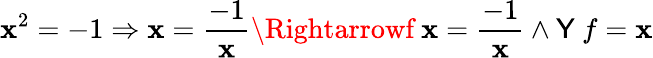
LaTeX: \mathbf{x}^{2}=-1\Rightarrow\mathbf{x}={\frac{{-1}}{{\mathbf{x}}}}\Rightarrowf\ \mathbf{x}={\frac{{-1}}{{\mathbf{x}}}}\land{\textsf{{Y}}}\ f=\mathbf{x}